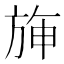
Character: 𣃵